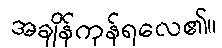
အချိန်ကုန်ရလေ၏။